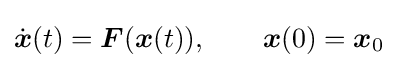
{\dot {\boldsymbol {x}}}(t)={\boldsymbol {F}}({\boldsymbol {x}}(t)),\qquad {\boldsymbol {x}}(0)={\boldsymbol {x}}_{0}